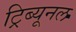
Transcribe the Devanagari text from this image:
ट्रिब्‍यूनल